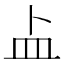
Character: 盀